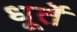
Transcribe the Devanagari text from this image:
धूर्ते